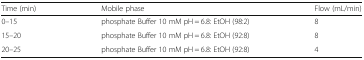
| Time (min) | Mobile phase | Flow (mL/min) |
 | --- | --- | --- |
 | 0–15 | phosphate Buffer 10 mM pH = 6.8: EtOH (98:2) | 8 |
 | 15–20 | phosphate Buffer 10 mM pH = 6.8: EtOH (92:8) | 8 |
 | 20–25 | phosphate Buffer 10 mM pH = 6.8: EtOH (92:8) | 4 |